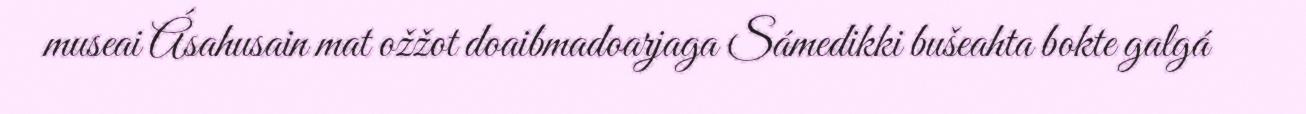
museai Ásahusain mat ožžot doaibmadoarjaga Sámedikki bušeahta bokte galgá